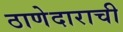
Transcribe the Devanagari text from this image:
ठाणेदाराची